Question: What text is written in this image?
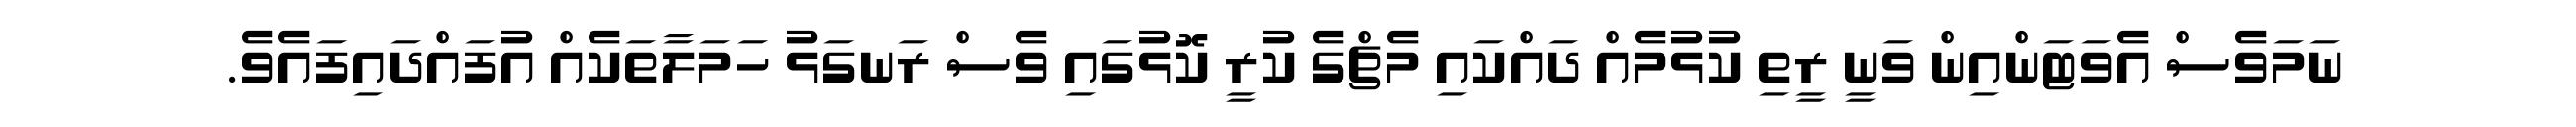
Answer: ނަމަވެސް އެވަޓަންއިން ވަނީ ރީތި ކުޅުމެއް ދައްކައި މެޗްގެ ކުރީ ކޮޅުގައި ވެސް ރަނގަޅު ހަމަލާތަކެއް އުފައްދައިފައެވެ.